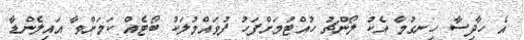
އެ ހާދިސާ ހިނގުމާ އެކު ލޯންޗު ހުއްޓުމަށްފަހު ފުވައްމުލަކު ބޯޓެއް ކަމަށްވާ އައިލެންޑާ